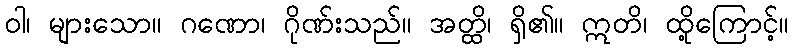
ဝါ၊ များသော။ ဂဏော၊ ဂိုဏ်းသည်။ အတ္ထိ၊ ရှိ၏။ ဣတိ၊ ထို့ကြောင့်။